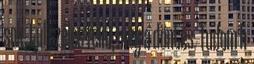
sok, túl széles felni, meg a döntés. Tudom h